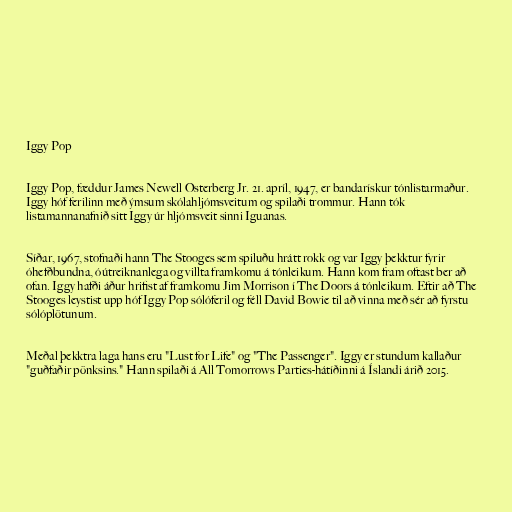
Iggy Pop

Iggy Pop, fæddur James Newell Osterberg Jr. 21. apríl, 1947, er bandarískur tónlistarmaður.
Iggy hóf ferilinn með ýmsum skólahljómsveitum og spilaði trommur. Hann tók
listamannanafnið sitt Iggy úr hljómsveit sinni Iguanas.

Síðar, 1967, stofnaði hann The Stooges sem spiluðu hrátt rokk og var Iggy þekktur fyrir
óhefðbundna, óútreiknanlega og villta framkomu á tónleikum. Hann kom fram oftast ber að
ofan. Iggy hafði áður hrifist af framkomu Jim Morrison í The Doors á tónleikum. Eftir að The
Stooges leystist upp hóf Iggy Pop sólóferil og féll David Bowie til að vinna með sér að fyrstu
sólóplötunum.

Meðal þekktra laga hans eru "Lust for Life" og "The Passenger". Iggy er stundum kallaður
"guðfaðir pönksins." Hann spilaði á All Tomorrows Parties-hátíðinni á Íslandi árið 2015.